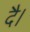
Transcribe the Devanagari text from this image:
दै।